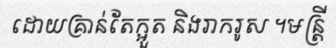
ដោយគ្រាន់តែក្អួត និងរាករូស ។មន្ត្រី